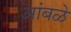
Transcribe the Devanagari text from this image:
आंबळे